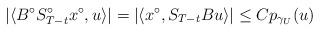
LaTeX: \begin{align*} |\langle B^{\circ}S_{T-t}^{\circ}x^{\circ},u\rangle|=|\langle x^{\circ},S_{T-t}Bu\rangle|\leq Cp_{\gamma_U}(u)\end{align*}